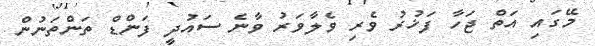
މޭގައި އަތް ޖަހާ ފަޚުރު ވެރި ވެލާވަރު ވާނެ ސައުދީ ފަންޑް ތަންތަނުން